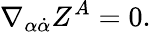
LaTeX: \nabla_{\alpha\dot{\alpha}}Z^{A}=0.